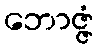
ဘောဇ္ဇံ